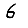
Digit: 6